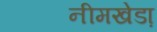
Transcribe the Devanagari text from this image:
नीमखेडा़